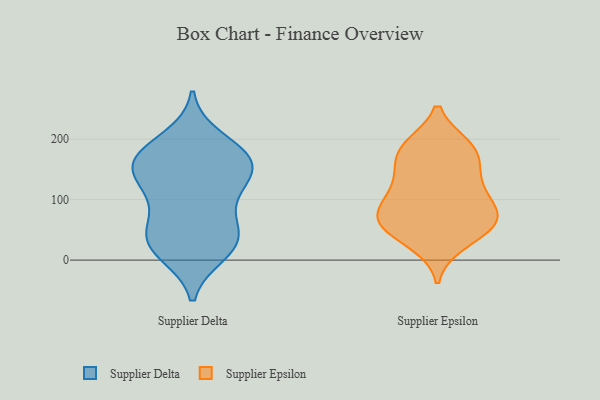
{"axis": {"x": "Tickets Resolved", "y": "Value"}, "legend": ["Supplier Delta", "Supplier Epsilon"], "data": [{"x": "", "y": 52, "type": "Supplier Delta"}, {"x": "", "y": 159, "type": "Supplier Delta"}, {"x": "", "y": 42, "type": "Supplier Delta"}, {"x": "", "y": 170, "type": "Supplier Delta"}, {"x": "", "y": 12, "type": "Supplier Delta"}, {"x": "", "y": 23, "type": "Supplier Delta"}, {"x": "", "y": 44, "type": "Supplier Delta"}, {"x": "", "y": 174, "type": "Supplier Delta"}, {"x": "", "y": 200, "type": "Supplier Delta"}, {"x": "", "y": 130, "type": "Supplier Delta"}, {"x": "", "y": 107, "type": "Supplier Delta"}, {"x": "", "y": 146, "type": "Supplier Delta"}, {"x": "", "y": 169, "type": "Supplier Delta"}, {"x": "", "y": 103, "type": "Supplier Delta"}, {"x": "", "y": 22, "type": "Supplier Delta"}, {"x": "", "y": 156, "type": "Supplier Delta"}, {"x": "", "y": 75, "type": "Supplier Epsilon"}, {"x": "", "y": 60, "type": "Supplier Epsilon"}, {"x": "", "y": 153, "type": "Supplier Epsilon"}, {"x": "", "y": 64, "type": "Supplier Epsilon"}, {"x": "", "y": 187, "type": "Supplier Epsilon"}, {"x": "", "y": 179, "type": "Supplier Epsilon"}, {"x": "", "y": 98, "type": "Supplier Epsilon"}, {"x": "", "y": 71, "type": "Supplier Epsilon"}, {"x": "", "y": 28, "type": "Supplier Epsilon"}, {"x": "", "y": 61, "type": "Supplier Epsilon"}, {"x": "", "y": 188, "type": "Supplier Epsilon"}, {"x": "", "y": 37, "type": "Supplier Epsilon"}, {"x": "", "y": 135, "type": "Supplier Epsilon"}, {"x": "", "y": 184, "type": "Supplier Epsilon"}, {"x": "", "y": 76, "type": "Supplier Epsilon"}, {"x": "", "y": 126, "type": "Supplier Epsilon"}, {"x": "", "y": 112, "type": "Supplier Epsilon"}]}